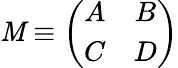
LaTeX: \mathit{M}\equiv\left(\begin{array}{cc}{{A}}&{{B}}\\ {{C}}&{{D}}\end{array}\right)